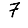
Digit: 7